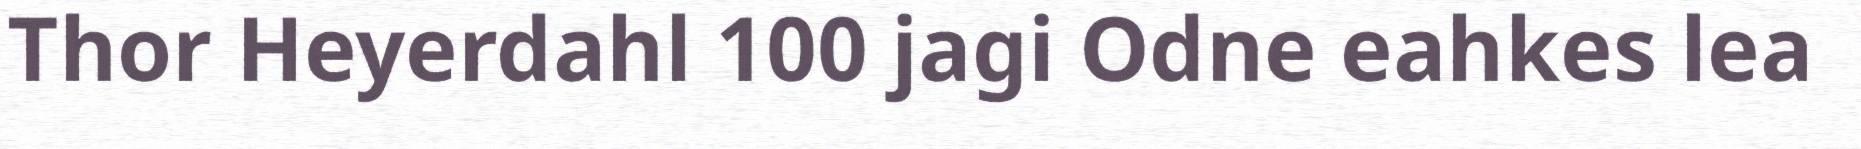
Thor Heyerdahl 100 jagi Odne eahkes lea